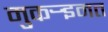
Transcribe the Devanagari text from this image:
मुकर्‍इमत